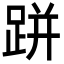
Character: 跰